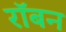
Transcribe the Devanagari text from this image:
रॉबन